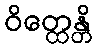
ဝိတ္ထေန္တိ